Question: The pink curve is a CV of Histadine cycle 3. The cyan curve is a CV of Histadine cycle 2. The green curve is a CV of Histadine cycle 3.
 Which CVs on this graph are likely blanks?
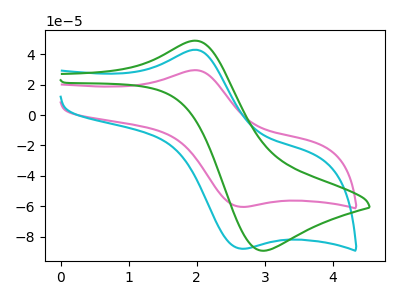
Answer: <think>The pink curve "Histadine cycle 3" has an anodic peak at (2.00V, 29.45uA) and a cathodic peak at (2.65V, -60.30uA). The cyan curve "Histadine cycle 2" has an anodic peak at (2.00V, 42.85uA) and a cathodic peak at (2.65V, -87.75uA). The green curve "Histadine cycle 3" has an anodic peak at (2.00V, 48.80uA) and a cathodic peak at (2.95V, -89.15uA).</think>
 <answer>There are not any CV's on this graph that are likely to be blanks.</answer>
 <eval>none</eval>